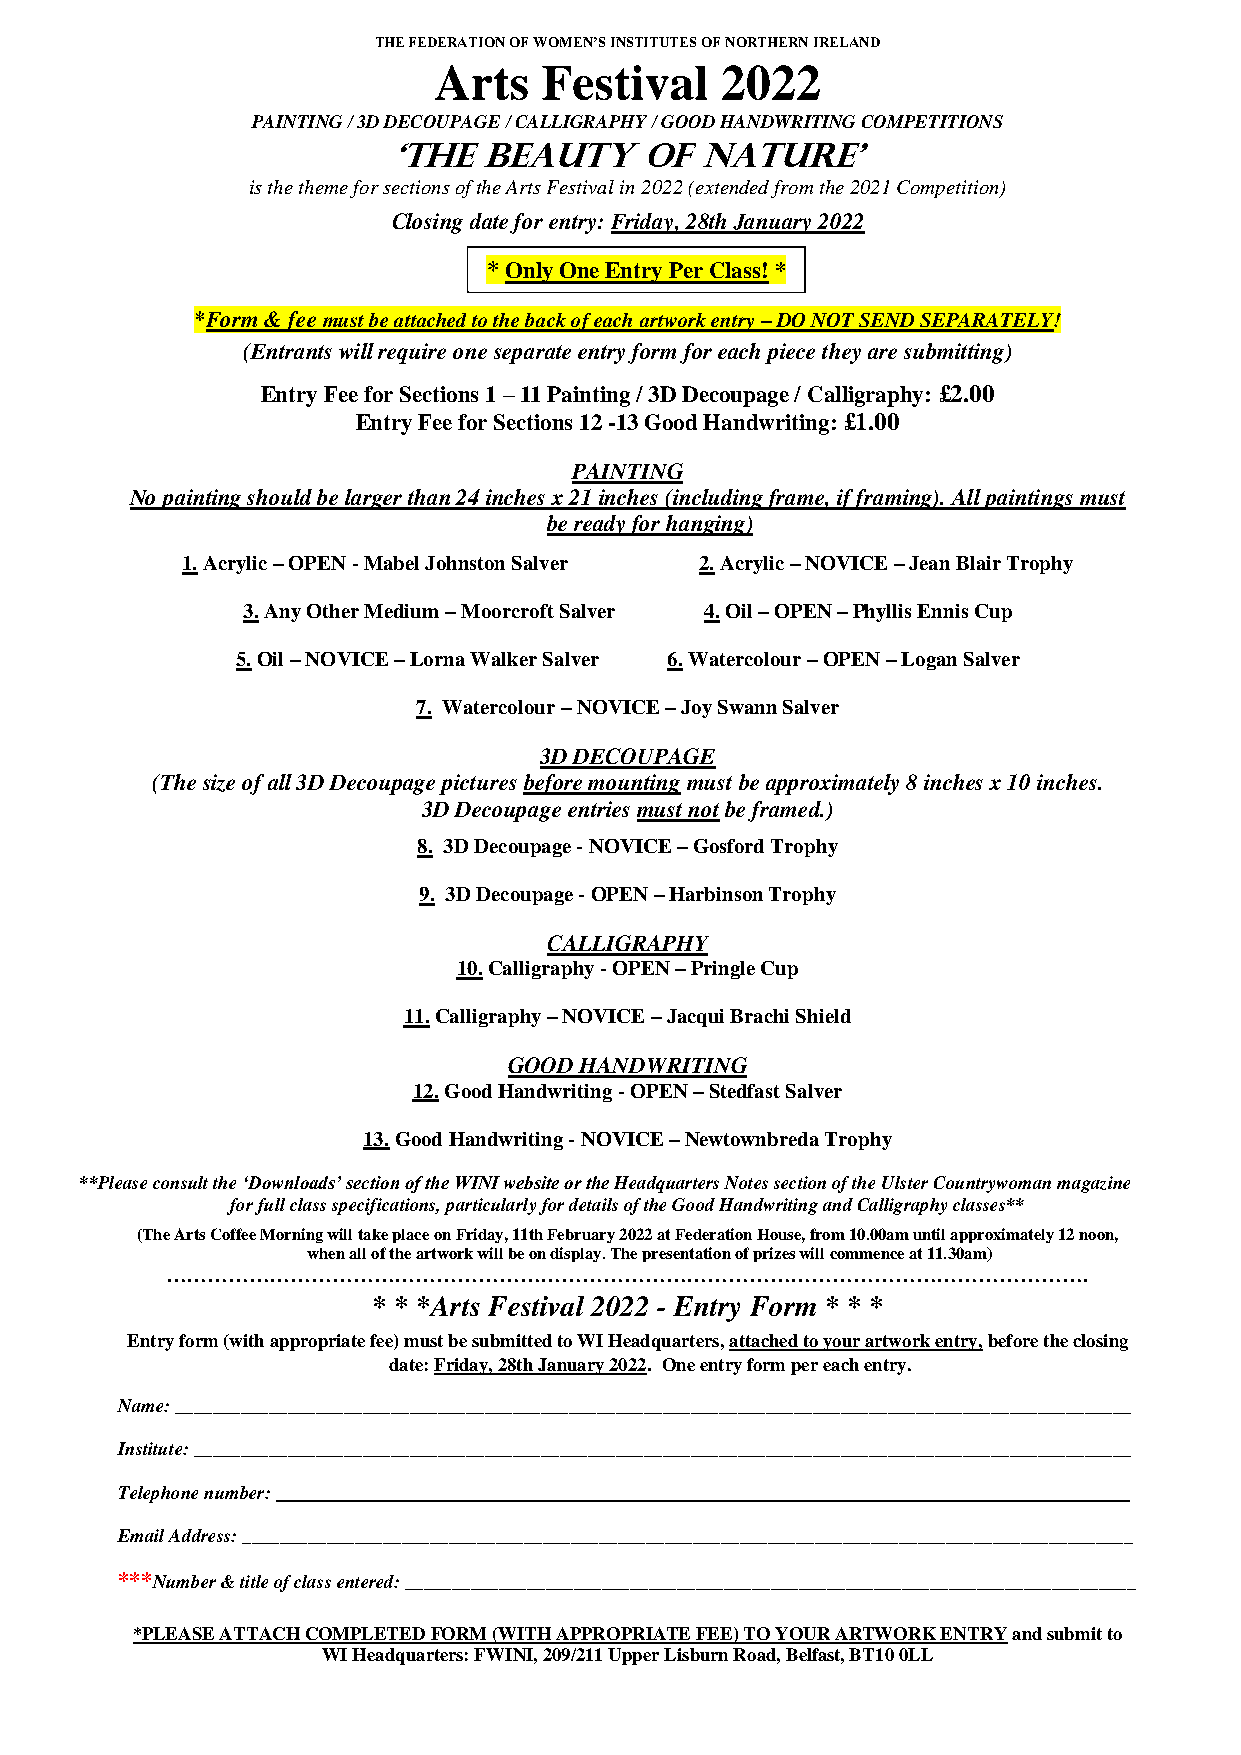
THE FEDERATION OF WOMEN’S INSTITUTES OF NORTHERN IRELAND
 Arts   Festival    2022
 PAINTING / 3D DECOUPAGE / CALLIGRAPHY / GOOD HANDWRITING COMPETITIONS
 ‘THE  beauty     of nature’
 is the theme for sections of the Arts Festival in 2022 (extended from the 2021 Competition)
 Closing date for entry: Friday, 28th January 2022
 * Only One Entry Per Class! *
 *Form & fee must be attached to the back of each artwork entry – DO NOT SEND SEPARATELY!
 (Entrants will require one separate entry form for each piece they are submitting)
 Entry Fee for Sections 1 – 11 Painting / 3D Decoupage / Calligraphy: £2.00
 Entry Fee for Sections 12 -13 Good Handwriting: £1.00
 PAINTING
 No painting should be larger than 24 inches x 21 inches (including frame, if framing). All paintings must
 be ready for hanging)
 1. Acrylic – OPEN - Mabel Johnston Salver 2. Acrylic – NOVICE – Jean Blair Trophy
 3. Any Other Medium – Moorcroft Salver 4. Oil – OPEN – Phyllis Ennis Cup
 5. Oil – NOVICE – Lorna Walker Salver 6. Watercolour – OPEN – Logan Salver
 7. Watercolour – NOVICE – Joy Swann Salver
 3D DECOUPAGE
 (The size of all 3D Decoupage pictures before mounting must be approximately 8 inches x 10 inches.
 3D Decoupage entries must not be framed.)
 8. 3D Decoupage - NOVICE – Gosford Trophy
 9. 3D Decoupage - OPEN – Harbinson Trophy
 CALLIGRAPHY
 10. Calligraphy - OPEN – Pringle Cup
 11. Calligraphy – NOVICE – Jacqui Brachi Shield
 GOOD HANDWRITING
 12. Good Handwriting - OPEN – Stedfast Salver
 13. Good Handwriting - NOVICE – Newtownbreda Trophy
 **Please consult the ‘Downloads’ section of the WINI website or the Headquarters Notes section of the Ulster Countrywoman magazine
 for full class specifications, particularly for details of the Good Handwriting and Calligraphy classes**
 (The Arts Coffee Morning will take place on Friday, 11th February 2022 at Federation House, from 10.00am until approximately 12 noon,
 when all of the artwork will be on display. The presentation of prizes will commence at 11.30am)
 …………………………………………………………………………………………………………………….
 * * *Arts Festival 2022 - Entry Form * * *
 Entry form (with appropriate fee) must be submitted to WI Headquarters, attached to your artwork entry, before the closing
 date: Friday, 28th January 2022. One entry form per each entry.
 Name: ______________________________________________________________________________________________________
 Institute: ____________________________________________________________________________________________________
 Telephone number: ___________________________________________________________________________________________
 Email Address: _______________________________________________________________________________________________
 ***Number & title of class entered: ______________________________________________________________________________
 *PLEASE ATTACH COMPLETED FORM (WITH APPROPRIATE FEE) TO YOUR ARTWORK ENTRY and submit to
 WI Headquarters: FWINI, 209/211 Upper Lisburn Road, Belfast, BT10 0LL